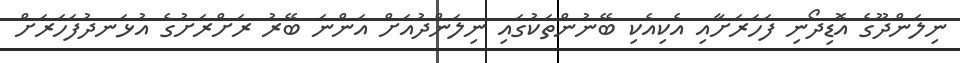
ނިލަންދޫގެ އޮޑިދޯނި ފަހަރަށާއި އެކިއެކި ބޭނުންތަކުގައި ނިލަންދުއަށް އަންނަ ބޭރު ރަށްރަށުގެ އުޅަނދުފަހަރަށް